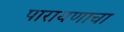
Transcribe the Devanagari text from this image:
पारायणाचा